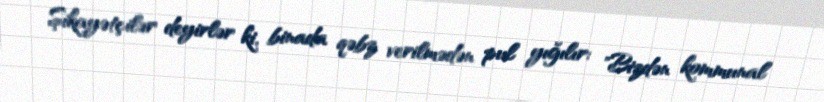
Şikayətçilər deyirlər ki, binada qəbz verilmədən pul yığılır: "Bizdən kommunal